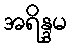
အရိန္ဒမ